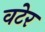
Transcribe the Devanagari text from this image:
वटेर